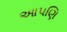
આપણિ